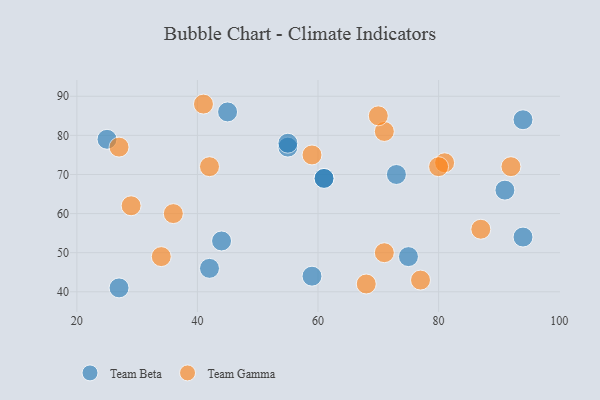
{"axis": {"x": "GDP", "y": "Life Expectancy"}, "legend": ["Team Beta", "Team Gamma"], "data": [{"x": "55", "y": 77, "type": "Team Beta"}, {"x": "45", "y": 86, "type": "Team Beta"}, {"x": "55", "y": 78, "type": "Team Beta"}, {"x": "44", "y": 53, "type": "Team Beta"}, {"x": "73", "y": 70, "type": "Team Beta"}, {"x": "27", "y": 41, "type": "Team Beta"}, {"x": "75", "y": 49, "type": "Team Beta"}, {"x": "61", "y": 69, "type": "Team Beta"}, {"x": "61", "y": 69, "type": "Team Beta"}, {"x": "94", "y": 54, "type": "Team Beta"}, {"x": "91", "y": 66, "type": "Team Beta"}, {"x": "25", "y": 79, "type": "Team Beta"}, {"x": "94", "y": 84, "type": "Team Beta"}, {"x": "59", "y": 44, "type": "Team Beta"}, {"x": "42", "y": 46, "type": "Team Beta"}, {"x": "71", "y": 81, "type": "Team Gamma"}, {"x": "36", "y": 60, "type": "Team Gamma"}, {"x": "77", "y": 43, "type": "Team Gamma"}, {"x": "41", "y": 88, "type": "Team Gamma"}, {"x": "87", "y": 56, "type": "Team Gamma"}, {"x": "81", "y": 73, "type": "Team Gamma"}, {"x": "80", "y": 72, "type": "Team Gamma"}, {"x": "71", "y": 50, "type": "Team Gamma"}, {"x": "92", "y": 72, "type": "Team Gamma"}, {"x": "27", "y": 77, "type": "Team Gamma"}, {"x": "42", "y": 72, "type": "Team Gamma"}, {"x": "59", "y": 75, "type": "Team Gamma"}, {"x": "29", "y": 62, "type": "Team Gamma"}, {"x": "34", "y": 49, "type": "Team Gamma"}, {"x": "70", "y": 85, "type": "Team Gamma"}, {"x": "68", "y": 42, "type": "Team Gamma"}]}